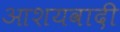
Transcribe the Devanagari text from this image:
आशयवादी